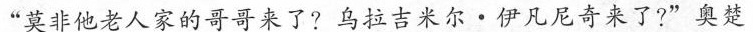
“莫非他老人家的哥哥来了?乌拉吉米尔·伊凡尼奇来了?”奥楚